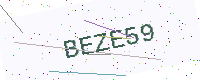
Text: BEZE59